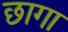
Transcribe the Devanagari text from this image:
छागा